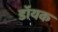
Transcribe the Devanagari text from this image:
डॉयक